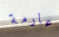
عارمة